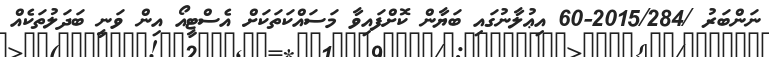
ނަންބަރު /2015/284-60 އިޢުލާނުގައި ބަޔާން ކޮށްފައިވާ މަސައްކަތަކަށް އެސްޓީއޯ އިން ވަނީ ބަދަލުތަކެއް